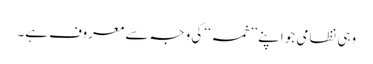
وہی نظامی جو اپنے ’’خمسہ‘‘ کی وجہ سے معروف ہے۔